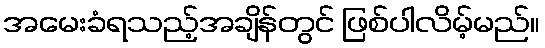
အမေးခံရသည့်အချိန်တွင် ဖြစ်ပါလိမ့်မည်။